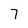
Character: 7